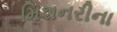
મિશનરીના